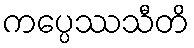
ကပ္ပေဿသီတိ